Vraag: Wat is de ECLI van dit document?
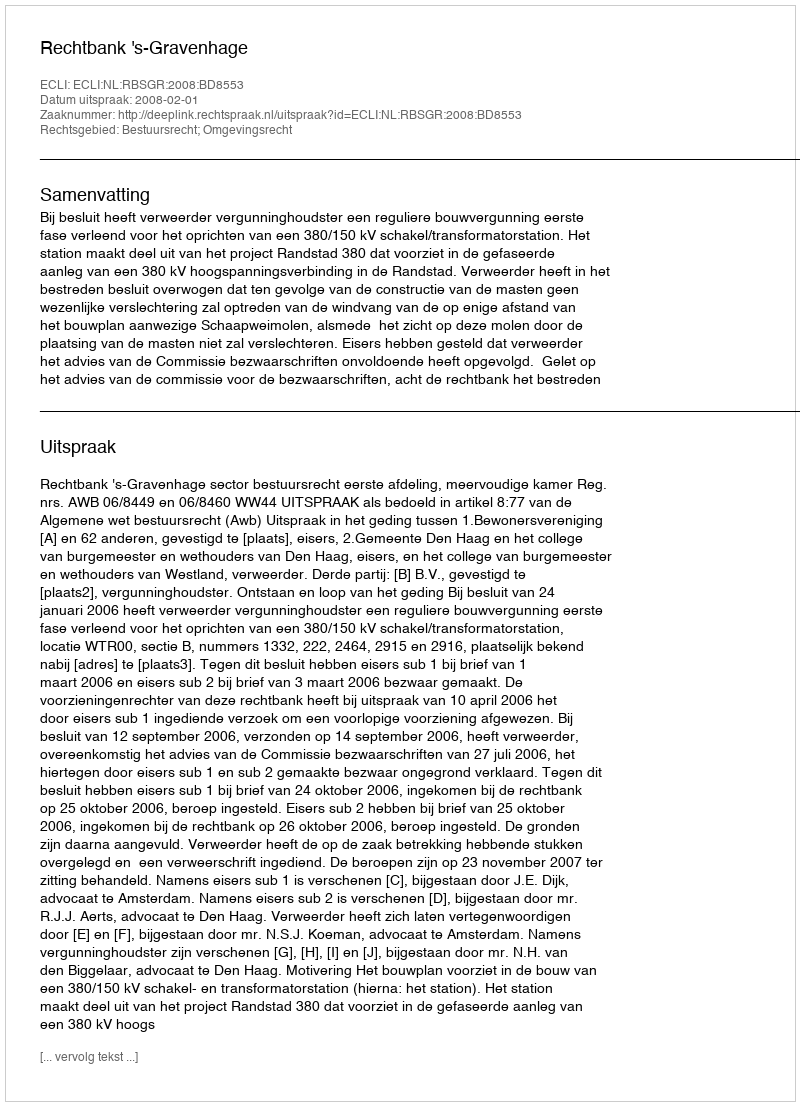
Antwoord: ECLI:NL:RBSGR:2008:BD8553